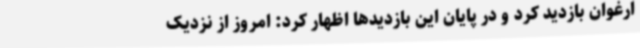
ارغوان بازدید کرد و در پایان این بازدیدها اظهار کرد: امروز از نزدیک